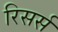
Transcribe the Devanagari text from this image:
रिसर्स